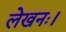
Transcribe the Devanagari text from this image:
लेखनः।